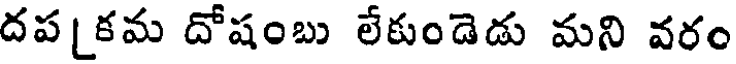
దప[కమ దోషంబు లేకుండెడు మని వరం